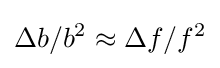
\Delta b/b^{2}\approx \Delta f/f^{2}